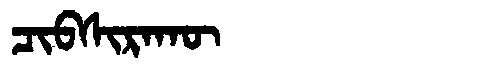
Manchu: ᠴᡳᠪᠰᡳᡵᠠᡴᡡ
Romanization: CIBSIRAKŪ